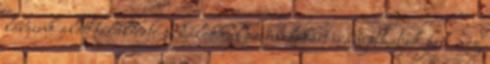
lábaink alatt található pedálokkal az emelőkart irányíthatjuk fel, meg